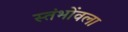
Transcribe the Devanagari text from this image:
स्तंभोंवला